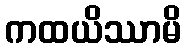
ကထယိဿာမိ